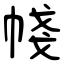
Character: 帴